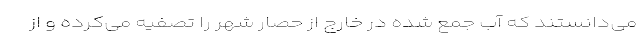
می‌دانستند که آب جمع شده در خارج از حصار شهر را تصفیه می‌کرده و از